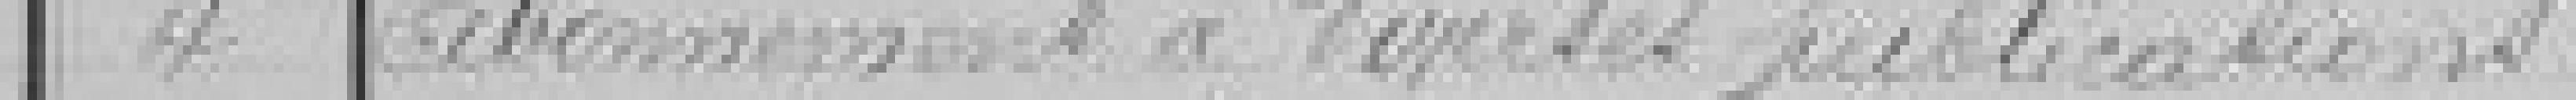
4 Abonnement à diverses publications